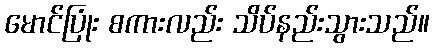
မောင်ပြုံး စကားလည်း သိပ်နည်းသွားသည်။